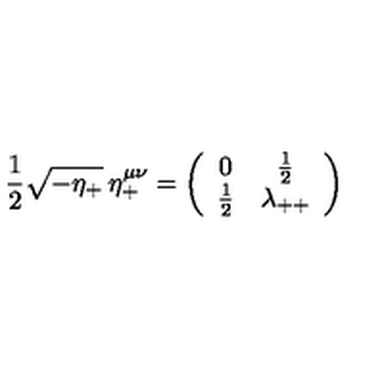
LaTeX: { \frac { 1 } { 2 } } \sqrt { - \eta _ { + } } \: \eta _ { + } ^ { \mu \nu } = \left( \begin{array} { c c } { 0 } & { { { \frac { 1 } { 2 } } } } \\ { { { \frac { 1 } { 2 } } } } & { { \lambda _ { + + } } } \\ \end{array} \right)